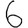
Digit: 6